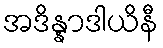
အဒိန္နာဒါယိနီ